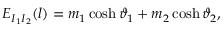
E _ { I _ { 1 } I _ { 2 } } ( l ) = m _ { 1 } \cosh \vartheta _ { 1 } + m _ { 2 } \cosh \vartheta _ { 2 } ,